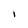
Character: l